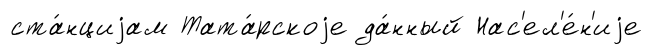
ста́нциjам Тата́рскоjе да́нный Нас'ел'е́н'иjе